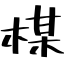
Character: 楳